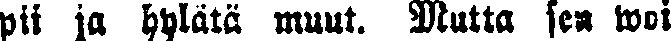
pii ja hylätä muut. Mutta sen woi